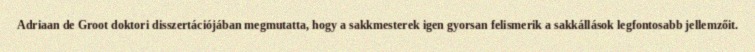
Adriaan de Groot doktori disszertációjában megmutatta, hogy a sakkmesterek igen gyorsan felismerik a sakkállások legfontosabb jellemzőit.